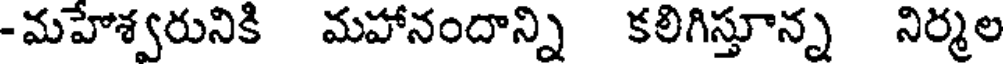
-మహేశ్వరునికి మహానందాన్ని కలిగిస్తూన్న నిర్మల